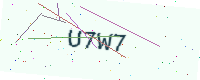
Text: U7W7